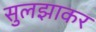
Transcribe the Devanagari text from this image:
सुलझाकर